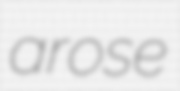
arose